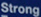
Strong